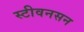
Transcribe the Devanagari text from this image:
स्टीवनसन